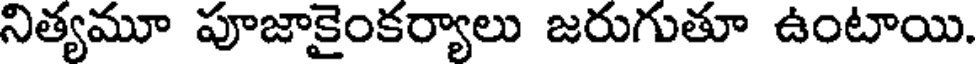
నిత్యమూ పూజాకైంకర్యాలు జరుగుతూ ఉంటాయి.